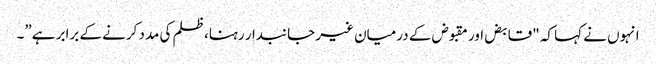
انہوں نے کہا کہ "قابض اور مقبوض کے درمیان غیر جانبدار رہنا، ظلم کی مدد کرنے کے برابر ہے”۔